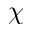
\chi